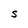
Character: S